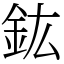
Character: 鈜